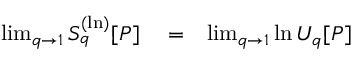
\begin{array} { r l r } { \operatorname* { l i m } _ { q \to 1 } S _ { q } ^ { ( \ln ) } [ P ] } & { { } = } & { \operatorname* { l i m } _ { q \to 1 } \ln U _ { q } [ P ] } \end{array}